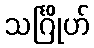
သင်္ဂြိုဟ်